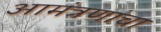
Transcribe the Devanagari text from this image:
आमंत्रणांचा